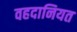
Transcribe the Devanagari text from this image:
वहदानियत